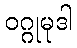
ဝဂ္ဂုမုဒါ